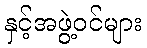
နှင့်အဖွဲ့ဝင်များ